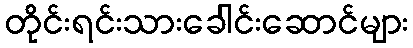
တိုင်းရင်းသားခေါင်းဆောင်များ